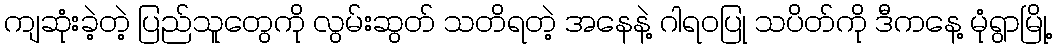
ကျဆုံးခဲ့တဲ့ ပြည်သူတွေကို လွမ်းဆွတ် သတိရတဲ့ အနေနဲ့ ဂါရဝပြု သပိတ်ကို ဒီကနေ့ မုံရွာမြို့